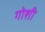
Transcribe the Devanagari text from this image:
गोशी